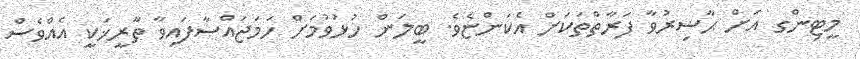
މީޓިންގ އަށް ޙާޟިރުވާ ފަރާތްތަކަށް އެކަންޏެވެ. ބީލަން ހުޅުވުމަށް ހަމަޖައްސާފައިވާ ތާރީޚަކީ އެއްވެސް